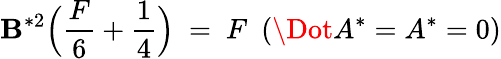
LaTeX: \mathbf{B}^{*2}\Big(\frac{{F}}{{6}}+\frac{{1}}{{4}}\Big)\ =\ F\ \ (\Dot{A^{*}}=A^{*}=0)